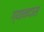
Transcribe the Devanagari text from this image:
ग्यानदास